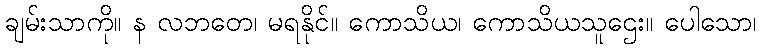
ချမ်းသာကို။ န လဘတေ၊ မရနိုင်။ ကောသိယ၊ ကောသိယသူဌေး။ ပေါသော၊